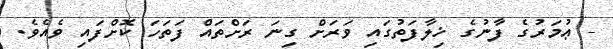
- ޢުމަރުގެ ފާނުގެ ޚިލާފަތުގައި ވަރަށް ގިނަ ރަށްތައް ފަތަހަ ކޮށްފައި ވެއެވެ.